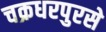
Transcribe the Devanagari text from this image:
चक्रधरपुरसे